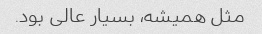
مثل همیشه، بسیار عالی بود.